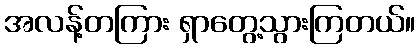
အလန့်တကြား ရှာတွေ့သွားကြတယ်။